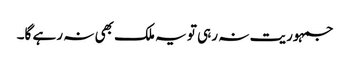
جمہوریت نہ رہی تو یہ ملک بھی نہ رہے گا۔